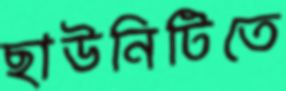
ছাউনিটিতে